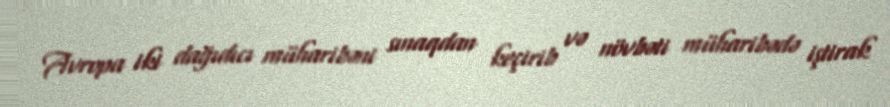
Avropa iki dağıdıcı müharibəni sınaqdan keçirib və növbəti müharibədə iştirak